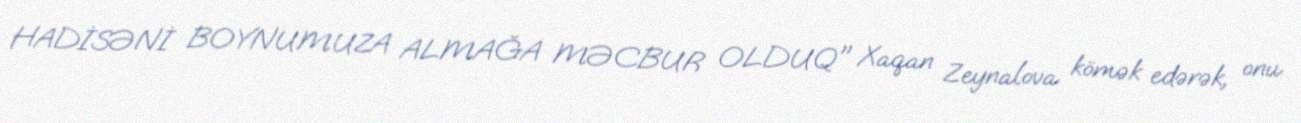
HADİSƏNİ BOYNUMUZA ALMAĞA MƏCBUR OLDUQ" Xaqan Zeynalova kömək edərək, onu